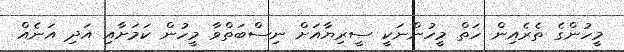
މީހުންގެ ތެރެއިން ހަތް މީހުންނަކީ ސީރިޔާއަށް ނިސްބަތްވާ މީހުން ކަމަށާއި އަދި އަނެއް